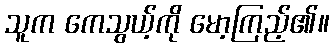
သူက ကေသွယ့်ကို မော့ကြည့်၏။